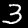
Label: 3